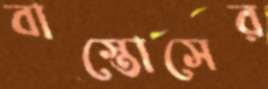
বাস্তোসের